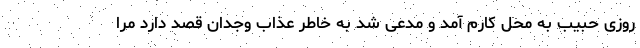
روزی حبیب به محل کارم آمد و مدعی شد به خاطر عذاب وجدان قصد دارد مرا